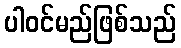
ပါဝင်မည်ဖြစ်သည်